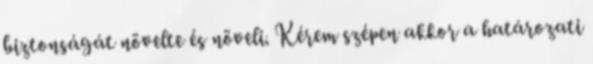
biztonságát növelte és növeli. Kérem szépen akkor a határozati